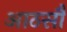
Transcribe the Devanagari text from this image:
आठसौ